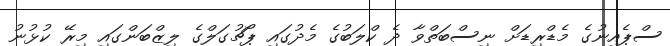
ސްޕެއިނުގެ މެޑްރިޑަށް ނިސްބަތްވާ ދެ ކްލަބުގެ މެދުގައި ޕޯޗުގަލްގެ ލިޒްބަންގައި މިރޭ ކުޅުނު